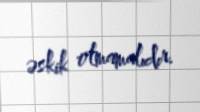
əskik olmamalıdır.